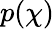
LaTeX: p(\chi)